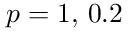
p = 1 , \, 0 . 2